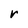
Character: r